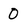
Character: O